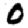
Digit: 0